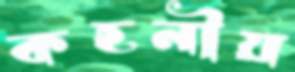
কহনীয়